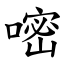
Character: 嘧